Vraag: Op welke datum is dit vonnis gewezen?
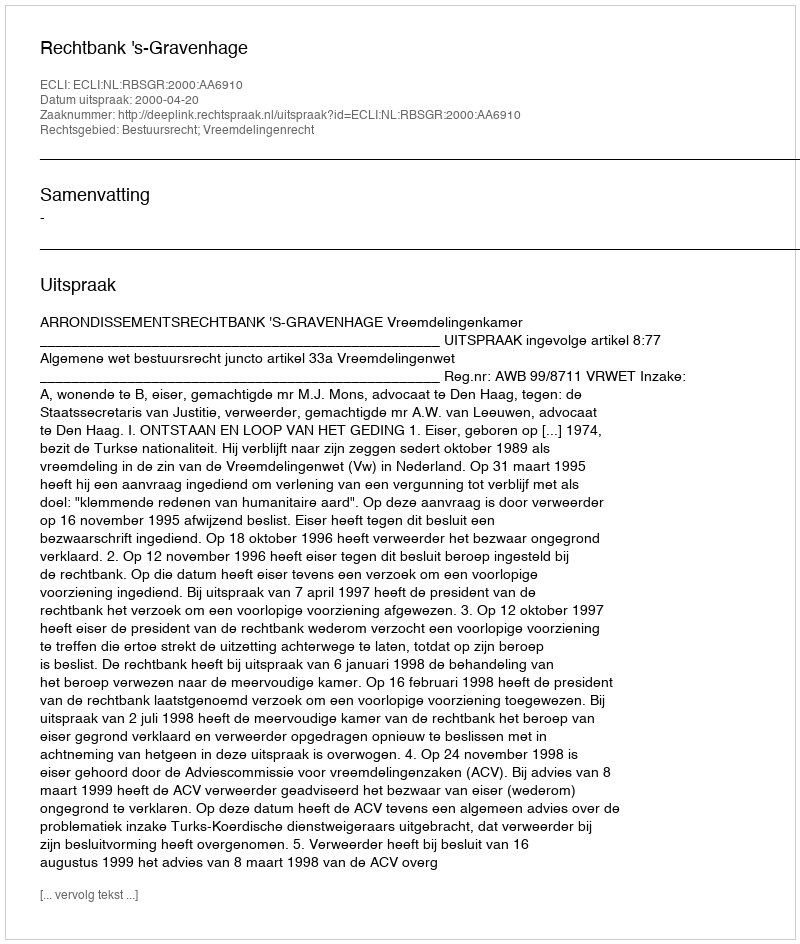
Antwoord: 2000-04-20